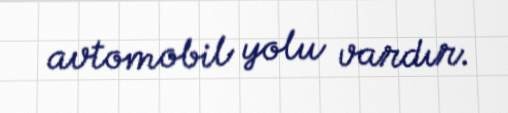
avtomobil yolu vardır.